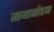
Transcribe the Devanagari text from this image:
मायामोहन